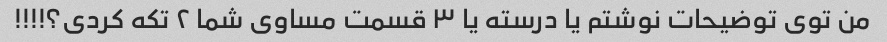
من توی توضیحات نوشتم یا درسته یا ۳ قسمت مساوی شما ۲ تکه کردی؟!!!!